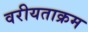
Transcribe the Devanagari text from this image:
वरीयताक्रम